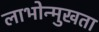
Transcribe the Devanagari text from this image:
लाभोन्मुखता